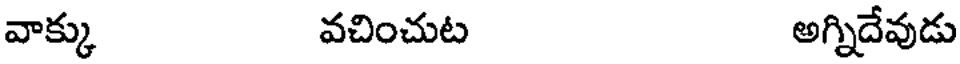
వాక్కు వచించుట అగ్నిదేవుడు